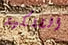
الفلكية